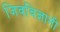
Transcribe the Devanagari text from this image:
जिवविज्ञानी